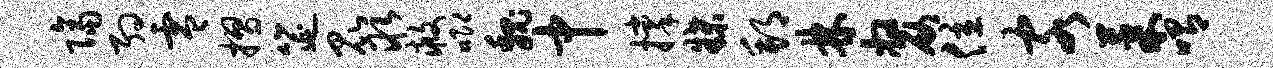
隔约零摺筵昆取救唧魏中撑牒邦林嫠位客果喟